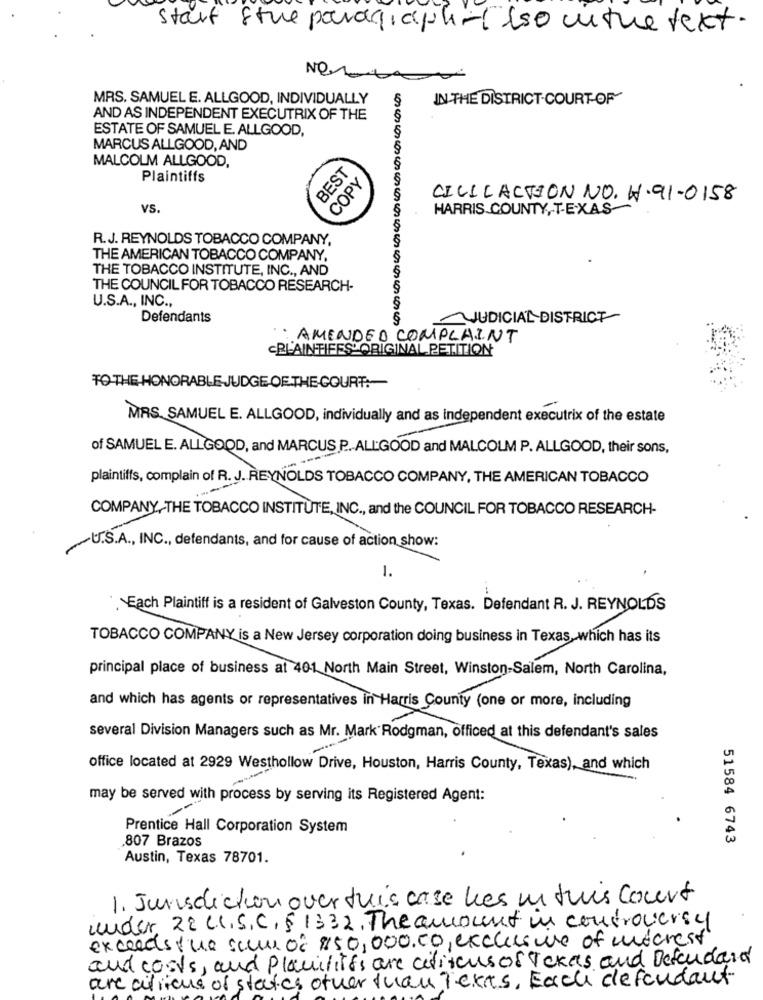
start stue paragraph-( iso cuture text.
MRS. SAMUEL E. ALLGOOD, INDIVIDUALLY
IN THE DISTRICT COURT-OF
AND AS INDEPENDENT EXECUTRIX OF THE
ESTATE OF SAMUEL E. ALLGOOD,
MARCUS ALLGOOD, AND
MALCOLM ALLGOOD,
BEST
Plaintiffs
COPY
CILICACTION NO. W.91-0158
VS.
HARRIS COUNTY,T-EXAS
R.J. REYNOLDS TOBACCO COMPANY,
THE AMERICAN TOBACCO COMPANY,
THE TOBACCO INSTITUTE, INC ., AND
THE COUNCIL FOR TOBACCO RESEARCH-
U.S.A ., INC .,
Defendants
-JUDICIAL DISTRICT
cascoscascos cascos cascos cascos cos cascos cos cos
· AMENDED COMPLAINT
PLAINTIFFS' ORIGINAL PETITION
TO THE HONORABLE JUDGE OF THE COURT :-
MRS. SAMUEL E. ALLGOOD, individually and as independent executrix of the estate
of SAMUEL E. ALLGOOD, and MARCUS P. ALLGOOD and MALCOLM P. ALLGOOD, their sons,
plaintiffs, complain of R. J. REYNOLDS TOBACCO COMPANY, THE AMERICAN TOBACCO
COMPANY, THE TOBACCO INSTITUTE, INC ., and the COUNCIL FOR TOBACCO RESEARCH-
U.S.A ., INC ., defendants, and for cause of action show:
1.
Each Plaintiff is a resident of Galveston County, Texas. Defendant R. J. REYNOLDS
TOBACCO COMPANY is a New Jersey corporation doing business in Texas, which has its
principal place of business at 401 North Main Street, Winston-Salem, North Carolina,
and which has agents or representatives in Harris County (one or more, including
several Division Managers such as Mr. Mark Rodgman, officed at this defendant's sales
office located at 2929 Westhollow Drive, Houston, Harris County, Texas), and which
may be served with process by serving its Registered Agent:
Prentice Hall Corporation System
.807 Brazos
51584 6743
Austin, Texas 78701.
1. Jurisdiction over this case les un this court
under, 22 LI.S.C. § 1332. The amount in controversy
exceeds the sum of 850,000.co, exclusure of interest
and costs, and planiliits are ctions of Takas and Defendand
are ations of states other than Tekas, Each defendant